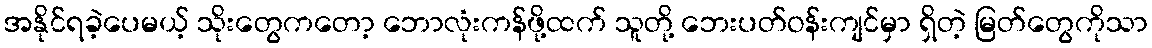
အနိုင်ရခဲ့ပေမယ့် သိုးတွေကတော့ ဘောလုံးကန်ဖို့ထက် သူတို့ ဘေးပတ်ဝန်းကျင်မှာ ရှိတဲ့ မြတ်တွေကိုသာ